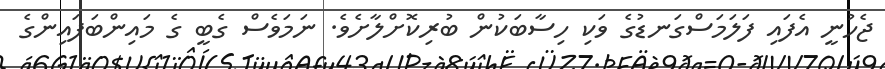
ޖެހުނީ އެފައި ފަލަމަސްގަނޑުގެ ވަކި ހިސާބަކުން ބުރިކޮށްލާށެވެ. ނަމަވެސް ގެބީ ގެ މައިންބަފައިންގެ